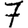
Digit: 7